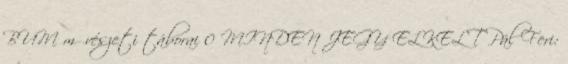
BUM művészeti táborai 0 MINDEN JEGY ELKELT Pál Feri: